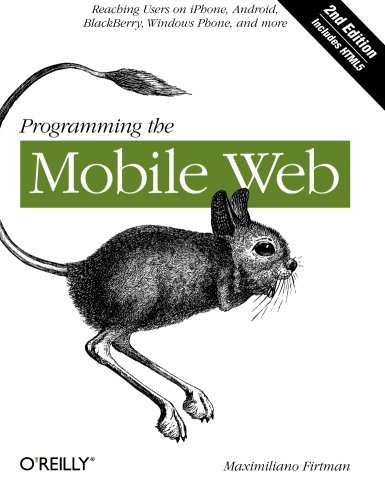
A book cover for Programming the Mobile Web; Maximiliano Firtman; Computers & Technology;